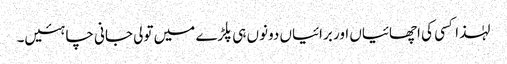
لہٰذا کسی کی اچھائیاں اور برائیاں دونوں ہی پلڑے میں تولی جانی چاہئیں۔